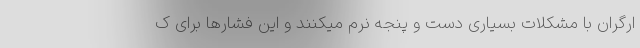
ارگران با مشکلات بسیاری دست و پنجه نرم میکنند و این فشارها برای ک